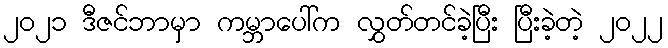
၂၀၂၁ ဒီဇင်ဘာမှာ ကမ္ဘာပေါ်က လွှတ်တင်ခဲ့ပြီး ပြီးခဲ့တဲ့ ၂၀၂၂